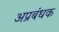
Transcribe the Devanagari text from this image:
अप्रबंधक